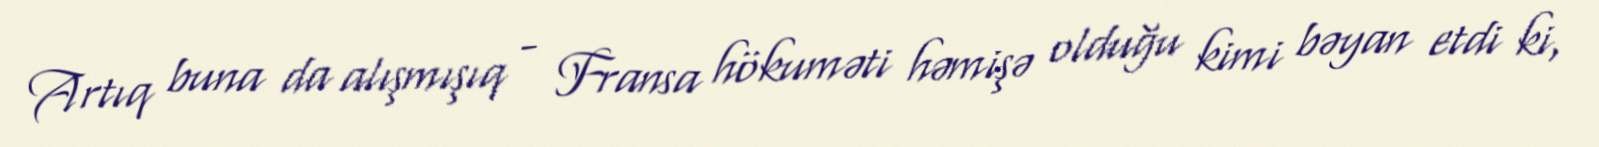
Artıq buna da alışmışıq - Fransa hökuməti həmişə olduğu kimi bəyan etdi ki,